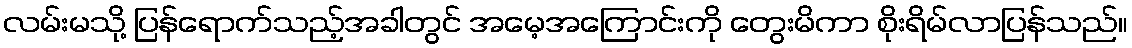
လမ်းမသို့ ပြန်ရောက်သည့်အခါတွင် အမေ့အကြောင်းကို တွေးမိကာ စိုးရိမ်လာပြန်သည်။